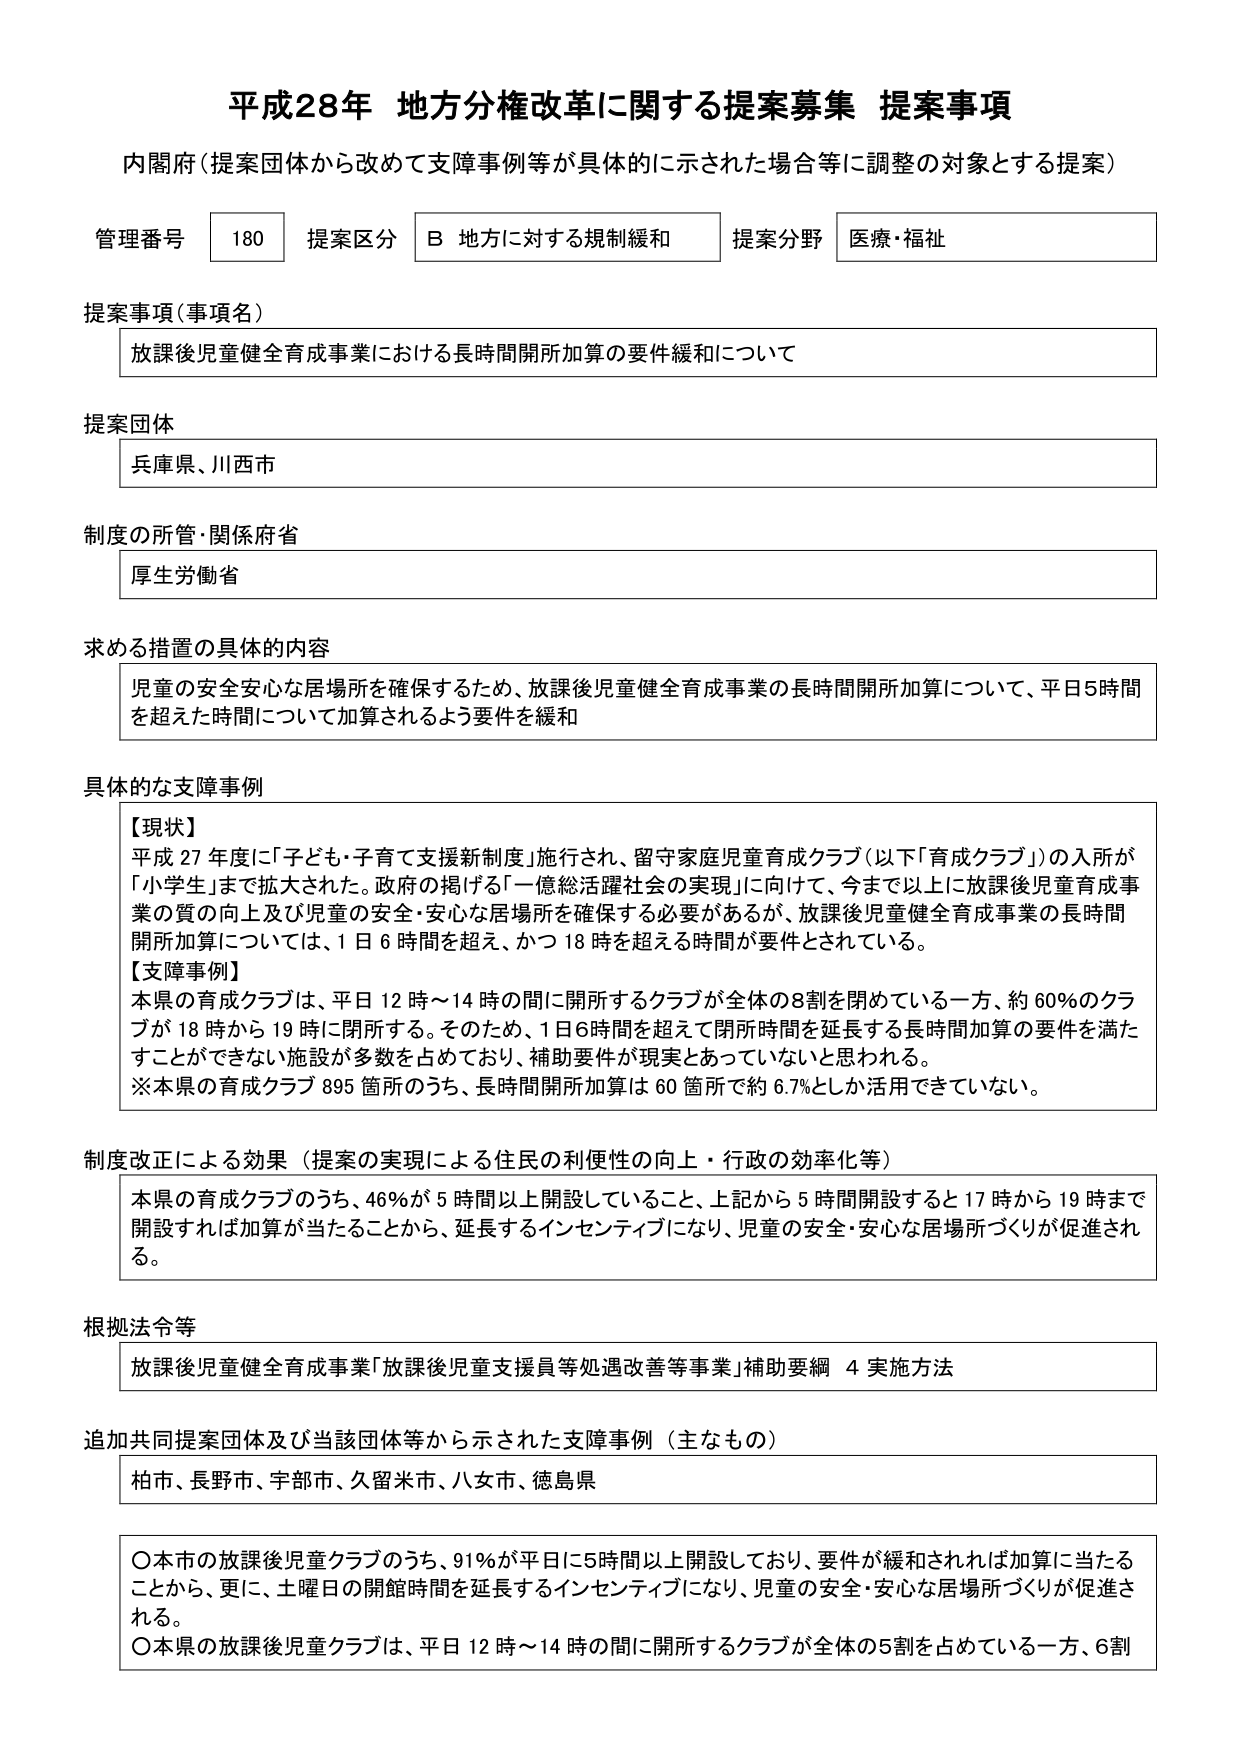
平成28年 地方分権改革に関する提案募集 提案事項
内閣府（提案団体から改めて支障事例等が具体的に示された場合等に調整の対象とする提案）

管理番号 180 提案区分 B 地方に対する規制緩和 提案分野 医療・福祉

提案事項（事項名）
放課後児童健全育成事業における長時間開所加算の要件緩和について

提案団体
兵庫県、川西市

制度の所管・関係府省
厚生労働省

求める措置の具体的内容
児童の安全安心な居場所を確保するため、放課後児童健全育成事業の長時間開所加算について、平日5時間を超えた時間について加算されるよう要件を緩和

具体的な支障事例
【現状】
平成27年度に「子ども・子育て支援新制度」施行され、留守家庭児童育成クラブ（以下「育成クラブ」）の入所が「小学生」まで拡大された。政府の掲げる「一億総活躍社会の実現」に向けて、今まで以上に放課後児童育成事業の質の向上及び児童の安全・安心な居場所を確保する必要があるが、放課後児童健全育成事業の長時間開所加算については、1日6時間を超え、かつ18時を超える時間が要件とされている。
【支障事例】
本県の育成クラブは、平日12時～14時の間に開所するクラブが全体の8割を占めている一方、約60％のクラブが18時から19時に開所する。そのため、1日6時間を超えて開所時間を延長する長時間加算の要件を満たすことができない施設が多数を占めており、補助要件が現実とあっていないと思われる。
※本県の育成クラブ895箇所のうち、長時間開所加算は60箇所で約6.7％としか活用できていない。

制度改正による効果（提案の実現による住民の利便性の向上・行政の効率化等）
本県の育成クラブのうち、46％が5時間以上開設していること、上記から5時間開設すると17時から19時まで開設すれば加算が当たることから、延長するインセンティブになり、児童の安全・安心な居場所づくりが促進される。

根拠法令等
放課後児童健全育成事業「放課後児童支援員等処遇改善等事業」補助要綱 4 実施方法

追加共同提案団体及び当該団体等から示された支障事例（主なもの）
柏市、長野市、宇部市、久留米市、八女市、徳島県

〇本市の放課後児童クラブのうち、91％が平日に5時間以上開設しており、要件が緩和されれば加算に当たることから、更に、土曜日の開館時間を延長するインセンティブになり、児童の安全・安心な居場所づくりが促進される。
〇本県の放課後児童クラブは、平日12時～14時の間に開所するクラブが全体の5割を占めている一方、6割